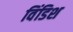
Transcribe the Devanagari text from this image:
विंडिश